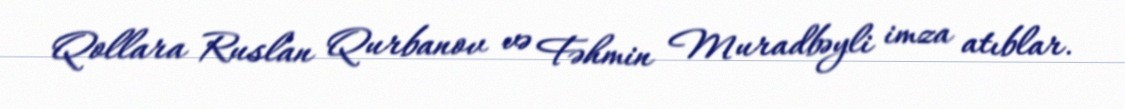
Qollara Ruslan Qurbanov və Fəhmin Muradbəyli imza atıblar.